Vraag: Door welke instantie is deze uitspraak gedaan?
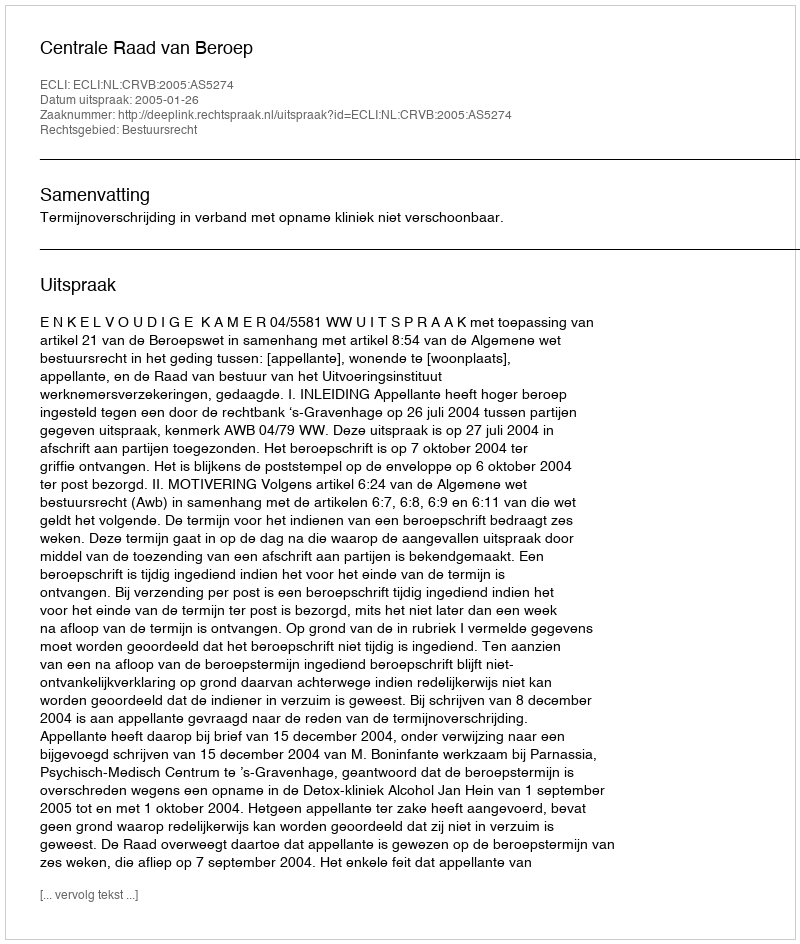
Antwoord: Centrale Raad van Beroep